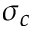
\sigma _ { c }